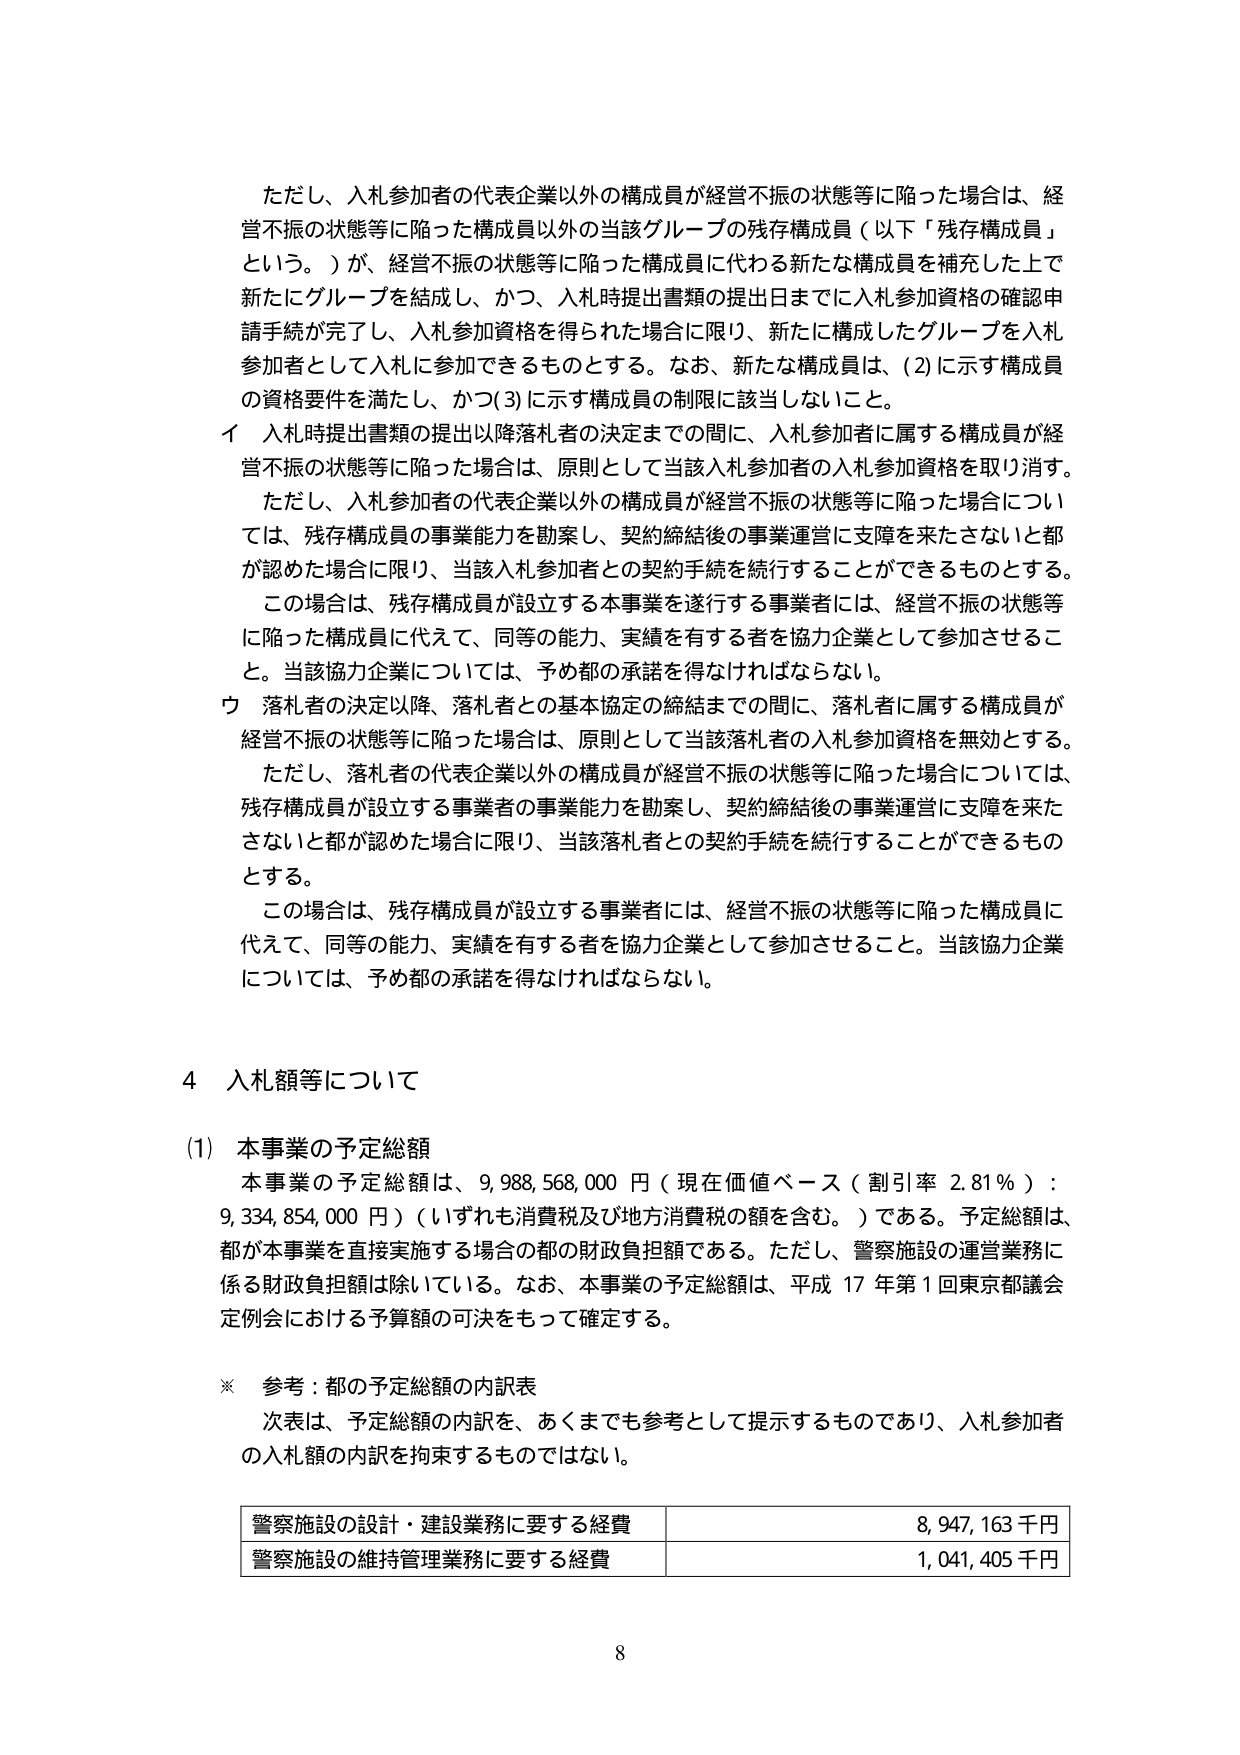
ただし、入札参加者の代表企業以外の構成員が経営不振の状態等に陥った場合は、経営不振の状態等に陥った構成員以外の当該グループの残存構成員（以下「残存構成員」という。）が、経営不振の状態等に陥った構成員に代わる新たな構成員を補充した上で新たにグループを結成し、かつ、入札時提出書類の提出日までに入札参加資格の確認申請手続が完了し、入札参加資格を得られた場合に限り、新たに構成したグループを入札参加者として入札に参加できるものとする。なお、新たな構成員は、(2)に示す構成員の資格要件を満たし、かつ(3)に示す構成員の制限に該当しないこと。

イ 入札時提出書類の提出以降落札者の決定までの間に、入札参加者に属する構成員が経営不振の状態等に陥った場合は、原則として当該入札参加者の入札参加資格を取り消す。ただし、入札参加者の代表企業以外の構成員が経営不振の状態等に陥った場合については、残存構成員の事業能力を勘案し、契約締結後の事業運営に支障を来たさないと都が認めた場合に限り、当該入札参加者との契約手続を続行することができるものとする。この場合は、残存構成員が設立する本事業を遂行する事業者には、経営不振の状態等に陥った構成員に代えて、同等の能力、実績を有する者を協力企業として参加させること。当該協力企業については、予め都の承諾を得なければならない。

ウ 落札者の決定以降、落札者との基本協定の締結までの間に、落札者に属する構成員が経営不振の状態等に陥った場合は、原則として当該落札者の入札参加資格を無効とする。ただし、落札者の代表企業以外の構成員が経営不振の状態等に陥った場合については、残存構成員が設立する事業者の事業能力を勘案し、契約締結後の事業運営に支障を来たさないと都が認めた場合に限り、当該落札者との契約手続を続行することができるものとする。この場合は、残存構成員が設立する事業者には、経営不振の状態等に陥った構成員に代えて、同等の能力、実績を有する者を協力企業として参加させること。当該協力企業については、予め都の承諾を得なければならない。

4 入札額等について

(1) 本事業の予定総額

本事業の予定総額は、9,988,568,000 円（現在価値ベース（割引率 2.81％）：9,334,854,000 円）（いずれも消費税及び地方消費税の額を含む。）である。予定総額は、都が本事業を直接実施する場合の都の財政負担額である。ただし、警察施設の運営業務に係る財政負担額は除いている。なお、本事業の予定総額は、平成 17 年第 1 回東京都議会定例会における予算額の可決をもって確定する。

※ 参考：都の予定総額の内訳表

次表は、予定総額の内訳を、あくまでも参考として提示するものであり、入札参加者の入札額の内訳を拘束するものではない。

警察施設の設計・建設業務に要する経費 8,947,163 千円
警察施設の維持管理業務に要する経費 1,041,405 千円

8